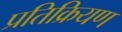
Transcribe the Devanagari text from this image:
प्रतिक्रियण